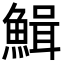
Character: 𩹫